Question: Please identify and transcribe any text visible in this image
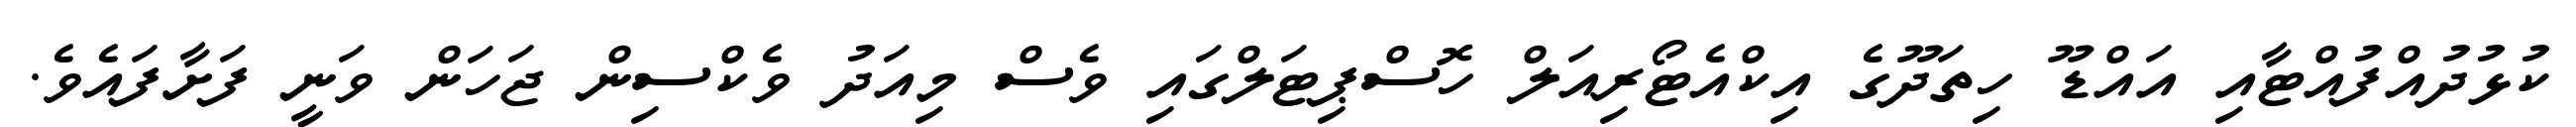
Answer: ކުޅުދުއްފުއްޓާއި އައްޑޫ ހިތަދޫގެ އިކްއެޓޯރިއަލް ހޮސްޕިޓަލްގައި ވެސް މިއަދު ވެކްސިން ޖަހަން ވަނީ ފަށާފައެވެ.